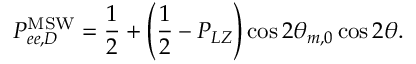
P _ { e e , D } ^ { \mathrm { M S W } } = \frac { 1 } { 2 } + \left( \frac { 1 } { 2 } - P _ { L Z } \right) \cos 2 \theta _ { m , 0 } \cos 2 \theta .